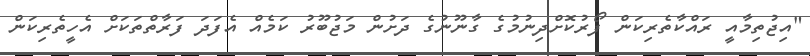
"އިޖުތިމާއީ ރައްކާތެރިކަން ފޯރުކޮށްދިނުމުގެ ގާނޫނުގެ ދަށުން މަޖުބޫރު ކަމެއް އެފަދަ ފަރާތްތަކަށް އެހީތެރިކަން